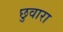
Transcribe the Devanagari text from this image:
छुवारा